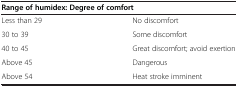
<table><thead><tr><td colspan="2"><b>Range of humidex: Degree of comfort</b></td></tr></thead><tbody><tr><td>Less than 29</td><td>No discomfort</td></tr><tr><td>30 to 39</td><td>Some discomfort</td></tr><tr><td>40 to 45</td><td>Great discomfort; avoid exertion</td></tr><tr><td>Above 45</td><td>Dangerous</td></tr><tr><td>Above 54</td><td>Heat stroke imminent</td></tr></tbody></table>